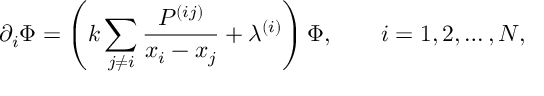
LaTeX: \partial _ { i } \Phi = \left( k \sum _ { j \ne i } \frac { P ^ { ( i j ) } } { x _ { i } - x _ { j } } + \lambda ^ { ( i ) } \right) \Phi , \qquad i = 1 , 2 , \ldots , N ,